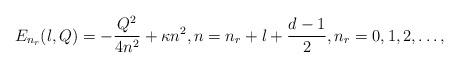
LaTeX: \begin{align*} E_{n_r}(l,Q) = - \frac{Q^2}{4n^2} + \kappa n^2, n = n_r + l + \frac{d-1}{2}, n_r = 0, 1, 2, \ldots,\end{align*}